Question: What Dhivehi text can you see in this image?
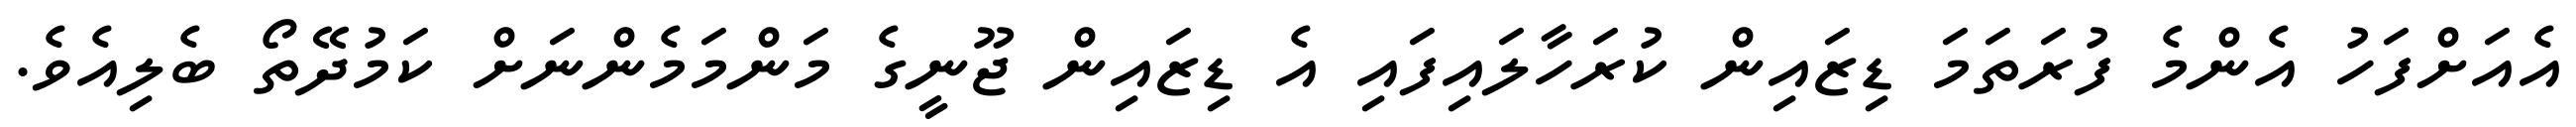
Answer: އެއަށްފަހު އެންމެ ފުރަތަމަ ޑިޒައިން ކުރަހާލައިފައި އެ ޑިޒައިން ޖޫނީގެ މަންމަމެންނަށް ކަމުދޭތޯ ބެލިއެވެ.